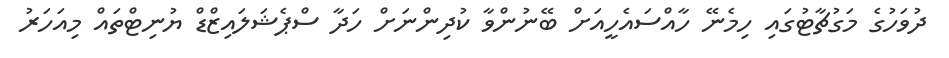
ދުވަހުގެ މަގުޗާޓުގައި ހިމެނޭ ހާއްސައެހީއަށް ބޭނުންވާ ކުދިންނަށް ހަދާ ސްޕެޝަލައިޒްޑް ޔުނިޓްތައް މިއަހަރު